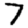
Digit: 7